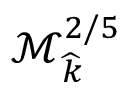
\mathcal { M } _ { \widehat { k } } ^ { 2 / 5 }